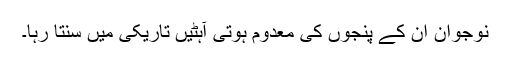
نوجوان ان کے پنجوں کی معدوم ہوتی آہٹیں تاریکی میں سنتا رہا۔